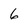
Character: 6